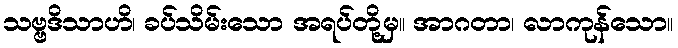
သဗ္ဗဒိသာဟိ၊ ခပ်သိမ်းသော အရပ်တို့မှ။ အာဂတာ၊ လာကုန်သော။